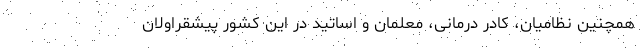
همچنین نظامیان، کادر درمانی، معلمان و اساتید در این کشور پیشقراولان